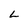
Character: L